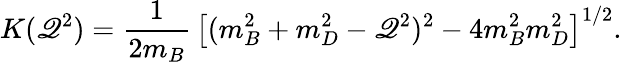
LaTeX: K(\mathscr{Q}^{2})={\frac{{1}}{{2m_{B}}}}\, \left[(m_{B}^{2}+m_{D}^{2}-\mathscr{Q}^{2})^{2}-4m_{B}^{2}m_{D}^{2}\right]^{1/2}.